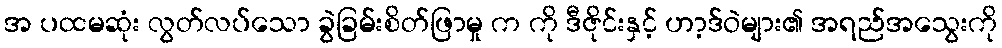
အ ပထမဆုံး လွတ်လပ်သော ခွဲခြမ်းစိတ်ဖြာမှု က ကို ဒီဇိုင်းနှင့် ဟာ့ဒ်ဝဲများ၏ အရည်အသွေးကို